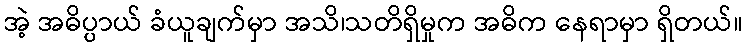
အဲ့ အဓိပ္ပာယ် ခံယူချက်မှာ အသိ၊သတိရှိမှုက အဓိက နေရာမှာ ရှိတယ်။